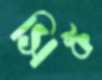
সিঙ্ক